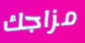
مزاجك